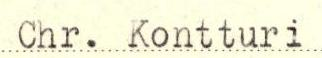
Chr. Kontturi